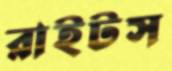
রাইটস